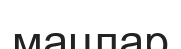
мацлар